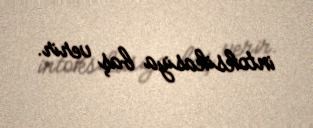
intoksikasiya baş verir.